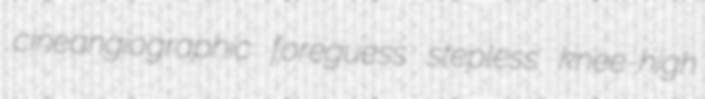
cineangiographic foreguess stepless knee-high